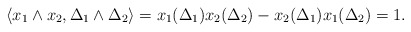
\begin{align*} \langle x_1 \wedge x_2 , \Delta_1 \wedge \Delta_2 \rangle = x_1(\Delta_1) x_2(\Delta_2) - x_2(\Delta_1) x_1(\Delta_2) = 1. \end{align*}